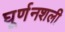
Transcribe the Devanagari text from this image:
घूर्णनशली